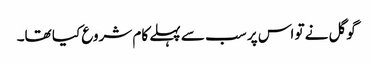
گوگل نے تو اس پر سب سے پہلے کام شروع کیا تھا۔